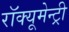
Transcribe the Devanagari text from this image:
रॉक्यूमेन्ट्री